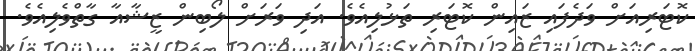
ކޮޓަރިއަށް ވަދެފައި ޒައިން ކޮޓަރި ތަޅުލިއެވެ. އަދި ވަރަށް ލޯބިން ޒީޝާއާ ގާތްވެލިއެވެ.